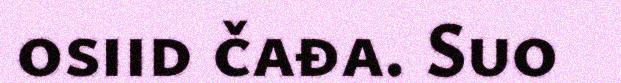
osiid čađa. Suo